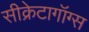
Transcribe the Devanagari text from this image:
सीक्रेटागॉग्स